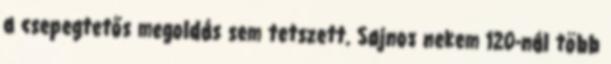
a csepegtetős megoldás sem tetszett. Sajnos nekem 120-nál több